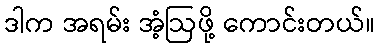
ဒါက အရမ်း အံ့ဩဖို့ ကောင်းတယ်။